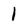
Character: 1